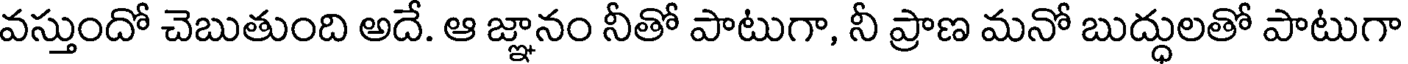
వస్తుందో చెబుతుంది అదే. ఆ జ్ఞానం నీతో పాటుగా, నీ ప్రాణ మనో బుద్ధులతో పాటుగా